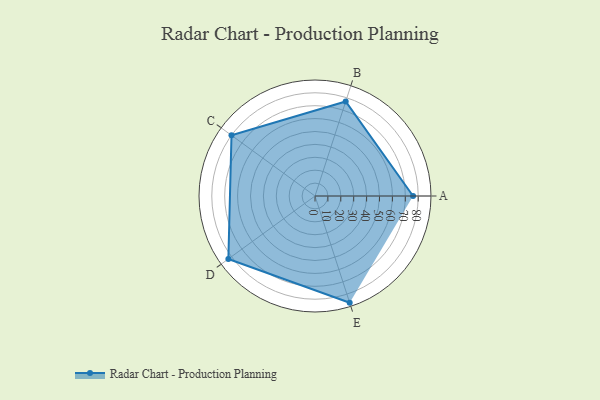
{"axis": {"x": "Skill", "y": "Score"}, "legend": ["Profile"], "data": [{"x": "A", "y": 76.0, "type": "Profile"}, {"x": "B", "y": 77.0, "type": "Profile"}, {"x": "C", "y": 80.0, "type": "Profile"}, {"x": "D", "y": 83.0, "type": "Profile"}, {"x": "E", "y": 87.0, "type": "Profile"}]}